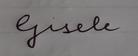
Signature authenticity: forged